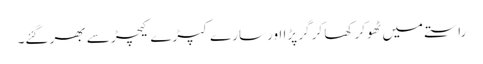
راستے میں ٹھوکر کھا کر گر پڑا اور سارے کپڑے کیچڑ سے بھر گئے۔